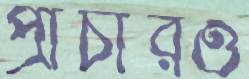
প্রাচীরও